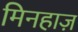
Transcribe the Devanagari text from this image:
मिनहाज़